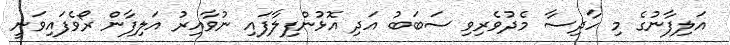
އަލިފާނުގެ މި ހާދިސާ މެދުވެރިވި ސަބަބު އަދި އޮޅުންފިލާފައި ނުވާއިރު އަލިފާން ރޯވެފައިވަނީ